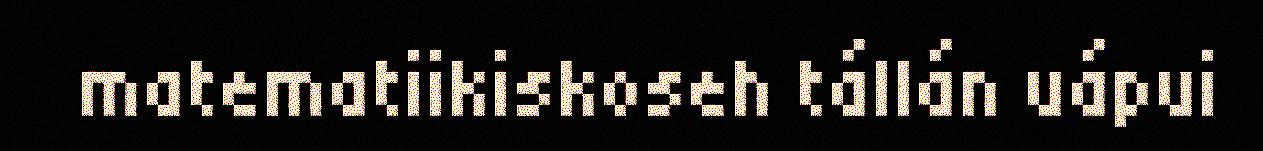
matematiikiskoseh tállán uápui